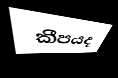
කීපයද